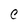
Character: C